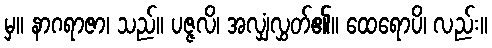
မှ။ နာဂရာဇာ၊ သည်။ ပဇ္ဇလိ၊ အလျှံလွှတ်၏။ ထေရောပိ၊ လည်း။